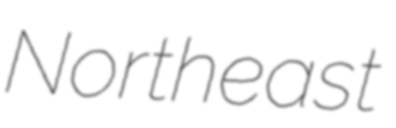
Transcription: Northeast